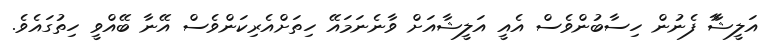
އަލީޝާާ ފެނުން ހިސާބުންވެސް އެއީ އަލީޝާއަށް ވާނެނަމައޭ ހިތަށްއެރިކަންވެސް އޭނާ ބޭއްވީ ހިތުގައެވެ.